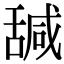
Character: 𦧩